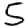
Digit: 5